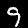
Label: 9